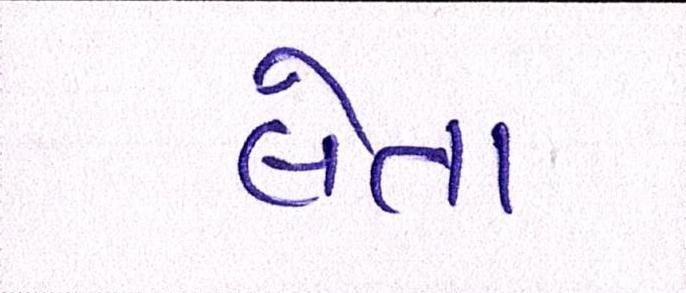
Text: લેતા